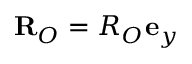
\mathbf { R } _ { O } = R _ { O } \mathbf { e } _ { y }